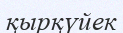
қырқүйек